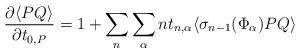
LaTeX: \begin{align*}\frac{\partial \langle PQ \rangle}{\partial t_{0,P}}=1+\sum_n \sum_{\alpha}nt_{n,\alpha}\langle\sigma_{n-1}(\Phi_{\alpha})PQ\rangle\end{align*}